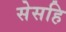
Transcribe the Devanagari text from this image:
सेसहि